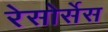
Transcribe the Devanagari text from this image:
रेसोर्सेस